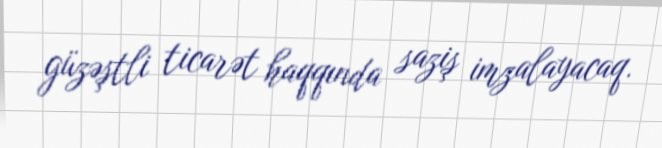
güzəştli ticarət haqqında saziş imzalayacaq.